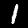
Digit: 1